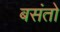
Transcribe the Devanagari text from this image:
बसंतो